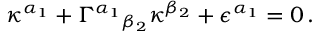
\kappa ^ { \alpha _ { 1 } } + \Gamma ^ { \alpha _ { 1 } } { } _ { \beta _ { 2 } } \kappa ^ { \beta _ { 2 } } + \epsilon ^ { \alpha _ { 1 } } = 0 \, .